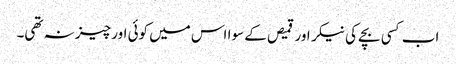
اب کسی بچے کی نیکر اور قمیص کے سوا اس میں کوئی اور چیز نہ تھی۔